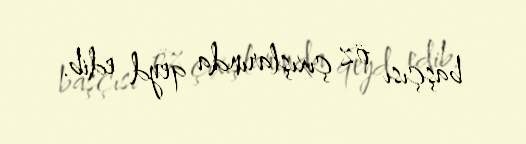
başçısı öz çıxışlarında qeyd edib.